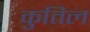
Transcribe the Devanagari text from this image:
कुतिल